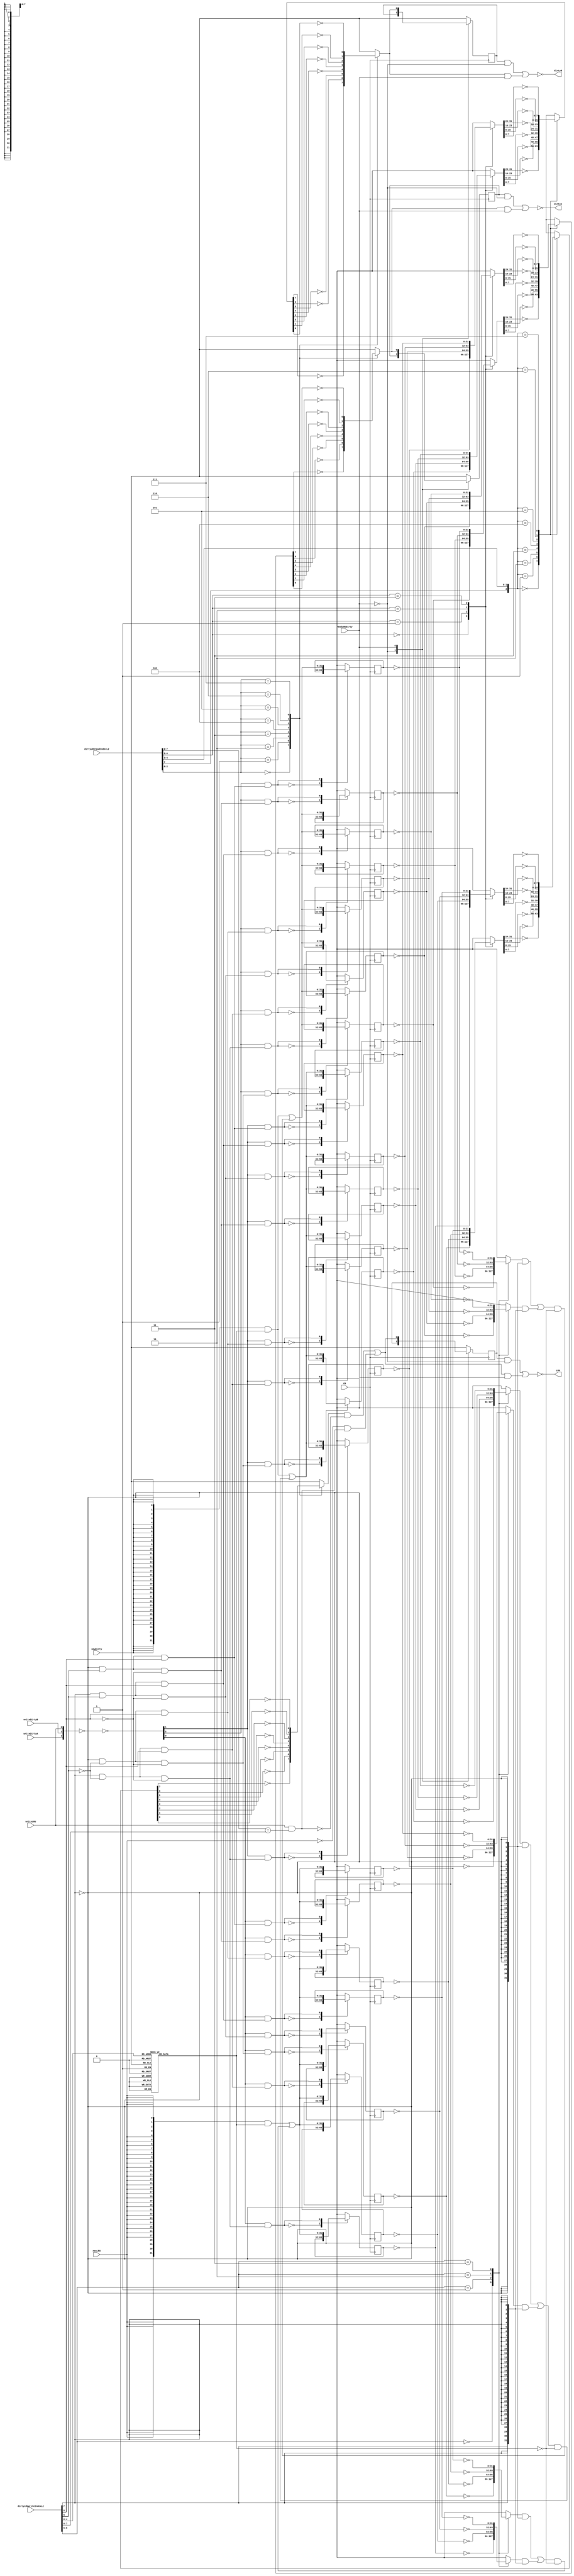
// 
// ************************************************************************** 
// 
//  Copyright (c) International Business Machines Corporation, 2005. 
// 
//  This file contains trade secrets and other proprietary and confidential 
//  information of International Business Machines Corporation which are 
//  protected by copyright and other intellectual property rights and shall 
//  not be reproduced, transferred to other documents, disclosed to others, 
//  or used for any purpose except as specifically authorized in writing by 
//  International Business Machines Corporation. This notice must be 
//  contained as part of this text at all times. 
// 
// ************************************************************************** 
//

module p405s_dcu_dirtyLRU_16K( LRU,
                     dirtyA,
                     dirtyB,
                     CB,
                     dirtyLRUreadIndexL2,
                     dirtyLRUwriteIndexL2,
                     newDirty,
                     newLRU,
                     readLRUDirty,
                     writeDirtyA,
                     writeDirtyB,
                     writeLRU
                    );

output  LRU;
output  dirtyA;
output  dirtyB;

input  newDirty;
input  newLRU;
input  readLRUDirty;
input  writeDirtyA;
input  writeDirtyB;
input  writeLRU;

input        CB;
input [0:8]  dirtyLRUwriteIndexL2;
input [0:8]  dirtyLRUreadIndexL2;

// Buses in the design

reg   [0:7]   dirtyA_8bit;
reg   [0:31]  dbFB2;
reg   [0:31]  daFB1;
reg   [0:31]  dbFB1;
reg   [0:31]  daFB2;
reg   [0:7]   dirtyB_8bit;
wire  [0:2]   writeInv;
wire  [0:31]  LRU3_L2;
wire  [0:31]  fb3;
wire  [0:31]  newValue;
wire  [0:31]  newValueDA;
wire  [0:31]  daFB3;
wire  [0:31]  sel1;
wire  [0:31]  sel2;
wire  [0:31]  LRU7_L2;
wire  [0:31]  LRU5_L2;
wire  [3:3]   CB_buf1;
wire  [0:31]  LRU6_L2;
wire  [0:31]  LRU2_L2;
wire  [0:31]  LRU1_L2;
wire  [0:31]  LRU4_L2;
wire  [0:31]  LRU0_L2;
wire  [0:31]  DA1_L2;
wire  [0:31]  DA0_L2;
wire  [0:31]  newValueDB;
wire  [0:31]  dbFB3;
wire  [0:31]  sel3;
wire  [0:31]  DA2_L2;
reg   [0:31]  writeMuxSel;
wire  [3:3]   CB_buf3;
wire  [3:3]   CB_buf4;
wire  [0:31]  DA7_L2;
wire  [0:31]  DA6_L2;
wire  [0:31]  DA5_L2;
wire  [0:31]  DA4_L2;
wire  [0:31]  DB1_L2;
wire  [3:3]   CB_buf2;
wire  [0:31]  DB6_L2;
wire  [0:31]  DB5_L2;
wire  [0:31]  DB7_L2;
wire  [0:31]  DB2_L2;
wire  [0:31]  DB3_L2;
wire  [0:31]  DB0_L2;
wire  [0:31]  DA3_L2;
wire  [0:31]  DB4_L2;
reg   [0:31]  dirtyB_muxHi;
reg   [0:31]  dirtyB_muxLo;
reg   [0:31]  dirtyA_muxHi;
reg   [0:31]  dirtyA_muxLo;
reg   [0:31]  LRU_muxHi;
reg   [0:31]  LRU_muxLo;
reg   [0:7]   LRU_8bit;
reg   [0:31]  fb1;
reg   [0:31]  fb2;

reg  [0:31]  dirtyB8_reg;
reg  [0:31]  dirtyB7_reg;
reg  [0:31]  dirtyB6_reg;
reg  [0:31]  dirtyB5_reg;
reg  [0:31]  dirtyB4_reg;
reg  [0:31]  dirtyB3_reg;
reg  [0:31]  dirtyB2_reg;
reg  [0:31]  dirtyB1_reg;
reg  [0:31]  dirtyA8_reg;
reg  [0:31]  dirtyA7_reg;
reg  [0:31]  dirtyA6_reg;
reg  [0:31]  dirtyA5_reg;
reg  [0:31]  dirtyA4_reg;
reg  [0:31]  dirtyA3_reg;
reg  [0:31]  dirtyA2_reg;
reg  [0:31]  dirtyA1_reg;
reg  [0:31]  LRU8_reg;
reg  [0:31]  LRU7_reg;
reg  [0:31]  LRU6_reg;
reg  [0:31]  LRU5_reg;
reg  [0:31]  LRU4_reg;
reg  [0:31]  LRU3_reg;
reg  [0:31]  LRU2_reg;
reg  [0:31]  LRU1_reg;

wire  writeDirtyABuf1;
wire  writeDirtyBBuf1;
wire  writeDirtyLRUBuf1;
wire  writeDirtyABuf2;
wire  writeDirtyBBuf2;
wire  writeLRUBuf1;
wire  writeLRUBuf2;
wire  newLRUinv;
wire  readWriteComp;
wire  dirtyA_inv;
wire  dirtyB_inv;
wire  LRU_inv;
reg   LRU_latch;
reg   dirtyA_1bit;
reg   dirtyB_1bit;
reg   LRU_1bit;
wire  LRU_muxOut;

wire  LRU_bank0E2;
wire  LRU_bank1E2;
wire  LRU_bank2E2;
wire  LRU_bank3E2;
wire  LRU_bank4E2;
wire  LRU_bank5E2;
wire  LRU_bank6E2;
wire  LRU_bank7E2;
wire  dirty_bank0AE2;
wire  dirty_bank1AE2;
wire  dirty_bank2AE2;
wire  dirty_bank3AE2;
wire  dirty_bank4AE2;
wire  dirty_bank5AE2;
wire  dirty_bank6AE2;
wire  dirty_bank7AE2;
wire  dirty_bank0BE2;
wire  dirty_bank1BE2;
wire  dirty_bank2BE2;
wire  dirty_bank3BE2;
wire  dirty_bank4BE2;
wire  dirty_bank5BE2;
wire  dirty_bank6BE2;
wire  dirty_bank7BE2;

reg  dirtyA_latchOut;
reg  dirtyB_latchOut;

// Removed the module "dp_logDCU_writeInv1"
// Removed the module "dp_logDCU_writeInv2"
// Removed the module "dp_logDCU_writeInv3"
  assign writeInv[0:2] = ~({writeDirtyA, writeDirtyB, writeLRU});
  assign {writeDirtyABuf1, writeDirtyBBuf1,writeLRUBuf1} = ~(writeInv[0:2]);
  assign {writeDirtyABuf2, writeDirtyBBuf2,writeLRUBuf2} = ~(writeInv[0:2]);

// Removed the module "dp_logDCU_newLRUinv"
  assign newLRUinv = ~(newLRU);

// Removed the module "DCU_indexCompare16K"
  assign readWriteComp = writeLRU & (dirtyLRUreadIndexL2[1:8] == 
                                     dirtyLRUwriteIndexL2[1:8]);

// Removed the module "dp_logDCU_dirtyB_inv"
// Removed the module "dp_logDCU_dirtyA_inv"
  assign dirtyB = ~(dirtyB_inv);
  assign dirtyA = ~(dirtyA_inv);

// Removed the module "dp_logDCU_LRU_inv"
  assign LRU = ~(LRU_inv);

// Removed the module "dp_logDCU_dirtyLRU_CB_buf3_16K"

// Removed the module "dp_muxDCU_dirtyB16K3"
   always @(dirtyLRUreadIndexL2 or dirtyB_8bit)
    begin
    case(dirtyLRUreadIndexL2[6:8])
     3'b000: dirtyB_1bit = ~dirtyB_8bit[0];
     3'b001: dirtyB_1bit = ~dirtyB_8bit[1];
     3'b010: dirtyB_1bit = ~dirtyB_8bit[2];
     3'b011: dirtyB_1bit = ~dirtyB_8bit[3];
     3'b100: dirtyB_1bit = ~dirtyB_8bit[4];
     3'b101: dirtyB_1bit = ~dirtyB_8bit[5];
     3'b110: dirtyB_1bit = ~dirtyB_8bit[6];
     3'b111: dirtyB_1bit = ~dirtyB_8bit[7];
      default: dirtyB_1bit = 1'bx;
    endcase
   end

// Removed the module "dp_muxDCU_dirtyB16K2"
   always @(dirtyLRUreadIndexL2 or dirtyB_muxHi or dirtyB_muxLo) 
    begin
    case({dirtyLRUreadIndexL2[1],dirtyLRUreadIndexL2[4:5]})
     3'b000: dirtyB_8bit[0:7] = ~(dirtyB_muxHi[0:7]);
     3'b001: dirtyB_8bit[0:7] = ~(dirtyB_muxHi[8:15]);
     3'b010: dirtyB_8bit[0:7] = ~(dirtyB_muxHi[16:23]);
     3'b011: dirtyB_8bit[0:7] = ~(dirtyB_muxHi[24:31]);
     3'b100: dirtyB_8bit[0:7] = ~(dirtyB_muxLo[0:7]);
     3'b101: dirtyB_8bit[0:7] = ~(dirtyB_muxLo[8:15]);
     3'b110: dirtyB_8bit[0:7] = ~(dirtyB_muxLo[16:23]);
     3'b111: dirtyB_8bit[0:7] = ~(dirtyB_muxLo[24:31]);
      default: dirtyB_8bit[0:7] = 8'bx;
    endcase
   end

// Removed the module "dp_muxDCU_dirtyB16K1"
   always @(dirtyLRUreadIndexL2 or DB4_L2 or DB5_L2 or DB6_L2 or DB7_L2)
    begin        
    case({dirtyLRUreadIndexL2[2],dirtyLRUreadIndexL2[3]})       
     2'b00: dirtyB_muxLo[0:31] = DB4_L2[0:31];    
     2'b01: dirtyB_muxLo[0:31] = DB5_L2[0:31];    
     2'b10: dirtyB_muxLo[0:31] = DB6_L2[0:31];    
     2'b11: dirtyB_muxLo[0:31] = DB7_L2[0:31];    
      default: dirtyB_muxLo[0:31] = 32'bx;        
    endcase
   end

// Removed the module "dp_muxDCU_dirtyB16K"
   always @(dirtyLRUreadIndexL2 or DB0_L2 or DB1_L2 or DB2_L2 or DB3_L2)
    begin        
    case({dirtyLRUreadIndexL2[2],dirtyLRUreadIndexL2[3]})       
     2'b00: dirtyB_muxHi[0:31] = DB0_L2[0:31];    
     2'b01: dirtyB_muxHi[0:31] = DB1_L2[0:31];    
     2'b10: dirtyB_muxHi[0:31] = DB2_L2[0:31];    
     2'b11: dirtyB_muxHi[0:31] = DB3_L2[0:31];    
      default: dirtyB_muxHi[0:31] = 32'bx;        
    endcase
   end

// Removed the module "dp_muxDCU_dirtyB_fb4"
  assign dbFB3[0:31] = (dbFB1[0:31] & {(32){~(dirtyLRUwriteIndexL2[1])}} ) | 
                       (dbFB2[0:31] & {(32){dirtyLRUwriteIndexL2[1]}} );

// Removed the module "dp_muxDCU_dirtyB_fb3"
   always @(dirtyLRUwriteIndexL2 or DB4_L2 or DB5_L2 or DB6_L2 or DB7_L2) 
    begin        
    case(dirtyLRUwriteIndexL2[2:3])        
     2'b00: dbFB2[0:31] = ~(DB4_L2[0:31]);   
     2'b01: dbFB2[0:31] = ~(DB5_L2[0:31]);   
     2'b10: dbFB2[0:31] = ~(DB6_L2[0:31]);   
     2'b11: dbFB2[0:31] = ~(DB7_L2[0:31]);   
      default: dbFB2[0:31] = 32'bx;   
    endcase        
   end        

// Removed the module "dp_muxDCU_dirtyA16K3"
   always @(dirtyLRUreadIndexL2 or dirtyA_8bit)
    begin
    case(dirtyLRUreadIndexL2[6:8])
     3'b000: dirtyA_1bit = ~(dirtyA_8bit[0]);
     3'b001: dirtyA_1bit = ~(dirtyA_8bit[1]);
     3'b010: dirtyA_1bit = ~(dirtyA_8bit[2]);
     3'b011: dirtyA_1bit = ~(dirtyA_8bit[3]);
     3'b100: dirtyA_1bit = ~(dirtyA_8bit[4]);
     3'b101: dirtyA_1bit = ~(dirtyA_8bit[5]);
     3'b110: dirtyA_1bit = ~(dirtyA_8bit[6]);
     3'b111: dirtyA_1bit = ~(dirtyA_8bit[7]);
      default: dirtyA_1bit = 1'bx;
    endcase
   end

// Removed the module "dp_muxDCU_dirtyA16K2"
   always @(dirtyLRUreadIndexL2 or dirtyA_muxHi or dirtyA_muxLo)
    begin
    case({dirtyLRUreadIndexL2[1],dirtyLRUreadIndexL2[4:5]})
     3'b000: dirtyA_8bit[0:7] = ~(dirtyA_muxHi[0:7]);
     3'b001: dirtyA_8bit[0:7] = ~(dirtyA_muxHi[8:15]);
     3'b010: dirtyA_8bit[0:7] = ~(dirtyA_muxHi[16:23]);
     3'b011: dirtyA_8bit[0:7] = ~(dirtyA_muxHi[24:31]);
     3'b100: dirtyA_8bit[0:7] = ~(dirtyA_muxLo[0:7]);
     3'b101: dirtyA_8bit[0:7] = ~(dirtyA_muxLo[8:15]);
     3'b110: dirtyA_8bit[0:7] = ~(dirtyA_muxLo[16:23]);
     3'b111: dirtyA_8bit[0:7] = ~(dirtyA_muxLo[24:31]);
      default: dirtyA_8bit[0:7] = 8'bx;
    endcase
   end

// Removed the module "dp_muxDCU_dirtyA16K1"
   always @(dirtyLRUreadIndexL2 or DA4_L2 or DA5_L2 or DA6_L2 or DA7_L2) 
    begin        
    case({dirtyLRUreadIndexL2[2],dirtyLRUreadIndexL2[3]})       
     2'b00: dirtyA_muxLo[0:31] = DA4_L2[0:31];    
     2'b01: dirtyA_muxLo[0:31] = DA5_L2[0:31];    
     2'b10: dirtyA_muxLo[0:31] = DA6_L2[0:31];    
     2'b11: dirtyA_muxLo[0:31] = DA7_L2[0:31];    
      default: dirtyA_muxLo[0:31] = 32'bx;        
    endcase
   end

// Removed the module "dp_muxDCU_dirtyA16K"
   always @(dirtyLRUreadIndexL2 or DA0_L2 or DA1_L2 or DA2_L2 or DA3_L2) 
    begin        
    case({dirtyLRUreadIndexL2[2],dirtyLRUreadIndexL2[3]})       
     2'b00: dirtyA_muxHi[0:31] = DA0_L2[0:31];    
     2'b01: dirtyA_muxHi[0:31] = DA1_L2[0:31];    
     2'b10: dirtyA_muxHi[0:31] = DA2_L2[0:31];    
     2'b11: dirtyA_muxHi[0:31] = DA3_L2[0:31];    
      default: dirtyA_muxHi[0:31] = 32'bx;        
    endcase
   end

// Removed the module "dp_muxDCU_dirtyA_fb4"
  assign daFB3[0:31] = (daFB1[0:31] & {(32){~(dirtyLRUwriteIndexL2[1])}} ) | 
                       (daFB2[0:31] & {(32){dirtyLRUwriteIndexL2[1]}} );

// Removed the module "dp_muxDCU_dirtyA_fb3"
   always @(dirtyLRUwriteIndexL2 or DA4_L2 or DA5_L2 or DA6_L2 or DA7_L2) 
    begin        
    case(dirtyLRUwriteIndexL2[2:3])        
     2'b00: daFB2[0:31] = ~(DA4_L2[0:31]);   
     2'b01: daFB2[0:31] = ~(DA5_L2[0:31]);   
     2'b10: daFB2[0:31] = ~(DA6_L2[0:31]);   
     2'b11: daFB2[0:31] = ~(DA7_L2[0:31]);   
      default: daFB2[0:31] = 32'bx;   
    endcase        
   end        

// Removed the module "dp_muxDCU_LRU16K4"
  assign LRU_muxOut = (LRU_1bit & ~(readWriteComp) ) | (newLRUinv & readWriteComp );

// Removed the module "dp_muxDCU_LRU16K3"
   always @(dirtyLRUreadIndexL2 or LRU_8bit)
    begin
    case(dirtyLRUreadIndexL2[6:8])
     3'b000: LRU_1bit = ~(LRU_8bit[0]);
     3'b001: LRU_1bit = ~(LRU_8bit[1]);
     3'b010: LRU_1bit = ~(LRU_8bit[2]);
     3'b011: LRU_1bit = ~(LRU_8bit[3]);
     3'b100: LRU_1bit = ~(LRU_8bit[4]);
     3'b101: LRU_1bit = ~(LRU_8bit[5]);
     3'b110: LRU_1bit = ~(LRU_8bit[6]);
     3'b111: LRU_1bit = ~(LRU_8bit[7]);
      default: LRU_1bit = 1'bx;
    endcase
   end

// Removed the module "dp_muxDCU_dirtyLRU16K1"
   always @(dirtyLRUreadIndexL2 or LRU4_L2 or LRU5_L2 or LRU6_L2 or LRU7_L2)
    begin        
    case({dirtyLRUreadIndexL2[2], dirtyLRUreadIndexL2[3]})       
     2'b00: LRU_muxLo[0:31] = LRU4_L2[0:31];    
     2'b01: LRU_muxLo[0:31] = LRU5_L2[0:31];    
     2'b10: LRU_muxLo[0:31] = LRU6_L2[0:31];    
     2'b11: LRU_muxLo[0:31] = LRU7_L2[0:31];    
      default: LRU_muxLo[0:31] = 32'bx;        
    endcase
   end

// Removed the module "dp_muxDCU_LRU16K2"
   always @(dirtyLRUreadIndexL2 or LRU_muxHi or LRU_muxLo)
    begin
    case({dirtyLRUreadIndexL2[1], dirtyLRUreadIndexL2[4:5]})
     3'b000: LRU_8bit[0:7] = ~(LRU_muxHi[0:7]);
     3'b001: LRU_8bit[0:7] = ~(LRU_muxHi[8:15]);
     3'b010: LRU_8bit[0:7] = ~(LRU_muxHi[16:23]);
     3'b011: LRU_8bit[0:7] = ~(LRU_muxHi[24:31]);
     3'b100: LRU_8bit[0:7] = ~(LRU_muxLo[0:7]);
     3'b101: LRU_8bit[0:7] = ~(LRU_muxLo[8:15]);
     3'b110: LRU_8bit[0:7] = ~(LRU_muxLo[16:23]);
     3'b111: LRU_8bit[0:7] = ~(LRU_muxLo[24:31]);
      default: LRU_8bit[0:7] = 8'bx;
    endcase
   end

// Removed the module "dp_muxDCU_dirtyLRU16K"
   always @(dirtyLRUreadIndexL2 or LRU0_L2 or LRU1_L2 or LRU2_L2 or LRU3_L2)
    begin        
    case({dirtyLRUreadIndexL2[2],dirtyLRUreadIndexL2[3]})       
     2'b00: LRU_muxHi[0:31] = LRU0_L2[0:31];    
     2'b01: LRU_muxHi[0:31] = LRU1_L2[0:31];    
     2'b10: LRU_muxHi[0:31] = LRU2_L2[0:31];    
     2'b11: LRU_muxHi[0:31] = LRU3_L2[0:31];    
      default: LRU_muxHi[0:31] = 32'bx;        
    endcase
   end

// Removed the module "dp_muxDCU_dirtyLRU_feedback4"
  assign fb3[0:31] = (fb1[0:31] & {(32){~(dirtyLRUwriteIndexL2[1])}} ) | 
                     (fb2[0:31] & {(32){dirtyLRUwriteIndexL2[1]}} );

// Removed the module "dp_muxDCU_dirtyLRU_feedback3"
   always @(dirtyLRUwriteIndexL2 or LRU4_L2 or LRU5_L2 or LRU6_L2 or LRU7_L2) 
    begin        
    case(dirtyLRUwriteIndexL2[2:3])        
     2'b00: fb2[0:31] = ~(LRU4_L2[0:31]);   
     2'b01: fb2[0:31] = ~(LRU5_L2[0:31]);   
     2'b10: fb2[0:31] = ~(LRU6_L2[0:31]);   
     2'b11: fb2[0:31] = ~(LRU7_L2[0:31]);   
      default: fb2[0:31] = 32'bx;   
    endcase        
   end        

// Removed the module "DCU_dirtyLRU_decode16K"
    assign LRU_bank0E2 = ~dirtyLRUwriteIndexL2[1] & ~dirtyLRUwriteIndexL2[2] & 
                                                    ~dirtyLRUwriteIndexL2[3];

    assign LRU_bank1E2 = ~dirtyLRUwriteIndexL2[1] & ~dirtyLRUwriteIndexL2[2] &  
                                                     dirtyLRUwriteIndexL2[3];

    assign LRU_bank2E2 = ~dirtyLRUwriteIndexL2[1] &  dirtyLRUwriteIndexL2[2] & 
                                                    ~dirtyLRUwriteIndexL2[3];

    assign LRU_bank3E2 = ~dirtyLRUwriteIndexL2[1] &  dirtyLRUwriteIndexL2[2] &  
                                                     dirtyLRUwriteIndexL2[3];

    assign LRU_bank4E2 =  dirtyLRUwriteIndexL2[1] & ~dirtyLRUwriteIndexL2[2] & 
                                                    ~dirtyLRUwriteIndexL2[3];

    assign LRU_bank5E2 =  dirtyLRUwriteIndexL2[1] & ~dirtyLRUwriteIndexL2[2] &  
                                                     dirtyLRUwriteIndexL2[3];

    assign LRU_bank6E2 =  dirtyLRUwriteIndexL2[1] &  dirtyLRUwriteIndexL2[2] & 
                                                    ~dirtyLRUwriteIndexL2[3];

    assign LRU_bank7E2 =  dirtyLRUwriteIndexL2[1] &  dirtyLRUwriteIndexL2[2] &  
                                                     dirtyLRUwriteIndexL2[3];

// Removed the module "DCU_dirtyLRU_decode16K"
    assign dirty_bank0AE2 = ~dirtyLRUwriteIndexL2[1] & ~dirtyLRUwriteIndexL2[2] & 
                                                       ~dirtyLRUwriteIndexL2[3];
    assign dirty_bank1AE2 = ~dirtyLRUwriteIndexL2[1] & ~dirtyLRUwriteIndexL2[2] &  
                                                        dirtyLRUwriteIndexL2[3];
    assign dirty_bank2AE2 = ~dirtyLRUwriteIndexL2[1] &  dirtyLRUwriteIndexL2[2] & 
                                                       ~dirtyLRUwriteIndexL2[3];
    assign dirty_bank3AE2 = ~dirtyLRUwriteIndexL2[1] &  dirtyLRUwriteIndexL2[2] &  
                                                        dirtyLRUwriteIndexL2[3];
    assign dirty_bank4AE2 =  dirtyLRUwriteIndexL2[1] & ~dirtyLRUwriteIndexL2[2] & 
                                                       ~dirtyLRUwriteIndexL2[3];
    assign dirty_bank5AE2 =  dirtyLRUwriteIndexL2[1] & ~dirtyLRUwriteIndexL2[2] &  
                                                        dirtyLRUwriteIndexL2[3];
    assign dirty_bank6AE2 =  dirtyLRUwriteIndexL2[1] &  dirtyLRUwriteIndexL2[2] & 
                                                       ~dirtyLRUwriteIndexL2[3];
    assign dirty_bank7AE2 =  dirtyLRUwriteIndexL2[1] &  dirtyLRUwriteIndexL2[2] &  
                                                        dirtyLRUwriteIndexL2[3];

// Removed the module "DCU_dirtyLRU_decode16K"
    assign dirty_bank0BE2 = ~dirtyLRUwriteIndexL2[1] & ~dirtyLRUwriteIndexL2[2] & 
                                                       ~dirtyLRUwriteIndexL2[3];
    assign dirty_bank1BE2 = ~dirtyLRUwriteIndexL2[1] & ~dirtyLRUwriteIndexL2[2] &  
                                                        dirtyLRUwriteIndexL2[3];
    assign dirty_bank2BE2 = ~dirtyLRUwriteIndexL2[1] &  dirtyLRUwriteIndexL2[2] & 
                                                       ~dirtyLRUwriteIndexL2[3];
    assign dirty_bank3BE2 = ~dirtyLRUwriteIndexL2[1] &  dirtyLRUwriteIndexL2[2] &  
                                                        dirtyLRUwriteIndexL2[3];
    assign dirty_bank4BE2 =  dirtyLRUwriteIndexL2[1] & ~dirtyLRUwriteIndexL2[2] & 
                                                       ~dirtyLRUwriteIndexL2[3];
    assign dirty_bank5BE2 =  dirtyLRUwriteIndexL2[1] & ~dirtyLRUwriteIndexL2[2] &  
                                                        dirtyLRUwriteIndexL2[3];
    assign dirty_bank6BE2 =  dirtyLRUwriteIndexL2[1] &  dirtyLRUwriteIndexL2[2] & 
                                                       ~dirtyLRUwriteIndexL2[3];
    assign dirty_bank7BE2 =  dirtyLRUwriteIndexL2[1] &  dirtyLRUwriteIndexL2[2] &  
                                                        dirtyLRUwriteIndexL2[3];

// Removed the module "dp_regDCU_dirtyB8"
   always @(posedge CB)      
    begin        
    casez(writeDirtyBBuf2 & dirty_bank7BE2)        
     1'b0: dirtyB8_reg <= dirtyB8_reg;        
     1'b1: dirtyB8_reg <= newValueDB[0:31];        
      default: dirtyB8_reg <= 32'bx;  
    endcase        
   end        

  assign DB7_L2[0:31] = ~(dirtyB8_reg);

// Removed the module "dp_regDCU_dirtyB7"
   always @(posedge CB)      
    begin        
    casez(writeDirtyBBuf2 & dirty_bank6BE2)        
     1'b0: dirtyB7_reg <= dirtyB7_reg;        
     1'b1: dirtyB7_reg <= newValueDB[0:31];        
      default: dirtyB7_reg <= 32'bx;  
    endcase        
   end        

  assign DB6_L2[0:31] = ~(dirtyB7_reg);

// Removed the module "dp_regDCU_dirtyB6"
  always @(posedge CB)      
    begin        
    casez(writeDirtyBBuf2 & dirty_bank5BE2)        
     1'b0: dirtyB6_reg <= dirtyB6_reg;        
     1'b1: dirtyB6_reg <= newValueDB[0:31];        
      default: dirtyB6_reg <= 32'bx;  
    endcase        
   end        

  assign DB5_L2[0:31] = ~(dirtyB6_reg);

// Removed the module "dp_regDCU_dirtyB5"
   always @(posedge CB)      
    begin        
    casez(writeDirtyBBuf2 & dirty_bank4BE2)        
     1'b0: dirtyB5_reg <= dirtyB5_reg;        
     1'b1: dirtyB5_reg <= newValueDB[0:31];        
      default: dirtyB5_reg <= 32'bx;  
    endcase        
   end        

  assign DB4_L2[0:31] = ~(dirtyB5_reg);

// Removed the module "dp_regDCU_dirtyA8"
   always @(posedge CB)      
    begin        
    casez(writeDirtyABuf2 & dirty_bank7AE2)        
     1'b0: dirtyA8_reg <= dirtyA8_reg;        
     1'b1: dirtyA8_reg <= newValueDA[0:31];        
      default: dirtyA8_reg <= 32'bx;  
    endcase        
   end        

  assign DA7_L2[0:31] = ~(dirtyA8_reg);

// Removed the module "dp_regDCU_dirtyA7"
   always @(posedge CB)      
    begin        
    casez(writeDirtyABuf2 & dirty_bank6AE2)        
     1'b0: dirtyA7_reg <= dirtyA7_reg;        
     1'b1: dirtyA7_reg <= newValueDA[0:31];        
      default: dirtyA7_reg <= 32'bx;  
    endcase        
   end        

  assign DA6_L2[0:31] = ~(dirtyA7_reg);

// Removed the module "dp_regDCU_dirtyA6"
   always @(posedge CB)      
    begin        
    casez(writeDirtyABuf2 & dirty_bank5AE2)        
     1'b0: dirtyA6_reg <= dirtyA6_reg;        
     1'b1: dirtyA6_reg <= newValueDA[0:31];        
      default: dirtyA6_reg <= 32'bx;  
    endcase        
   end        

  assign DA5_L2[0:31] = ~(dirtyA6_reg);

// Removed the module "dp_regDCU_dirtyA6"
   always @(posedge CB)      
    begin        
    casez(writeDirtyABuf2 & dirty_bank4AE2)        
     1'b0: dirtyA5_reg <= dirtyA5_reg;        
     1'b1: dirtyA5_reg <= newValueDA[0:31];        
      default: dirtyA5_reg <= 32'bx;  
    endcase        
   end        

  assign DA4_L2[0:31] = ~(dirtyA5_reg);

// Removed the module "dp_regDCU_LRU8"
   always @(posedge CB)      
    begin        
    casez(writeLRUBuf2 & LRU_bank7E2)        
     1'b0: LRU8_reg <= LRU8_reg;        
     1'b1: LRU8_reg <= newValue[0:31];        
      default: LRU8_reg <= 32'bx;  
    endcase        
   end        

  assign LRU7_L2[0:31] = ~(LRU8_reg);

// Removed the module "dp_regDCU_LRU7"
   always @(posedge CB)      
    begin        
    casez(writeLRUBuf2 & LRU_bank6E2)        
     1'b0: LRU7_reg <= LRU7_reg;        
     1'b1: LRU7_reg <= newValue[0:31];        
      default: LRU7_reg <= 32'bx;  
    endcase        
   end        

  assign LRU6_L2[0:31] = ~(LRU7_reg);

// Removed the module "dp_regDCU_LRU6"
   always @(posedge CB)      
    begin        
    casez(writeLRUBuf2 & LRU_bank5E2)        
     1'b0: LRU6_reg <= LRU6_reg;        
     1'b1: LRU6_reg <= newValue[0:31];        
      default: LRU6_reg <= 32'bx;  
    endcase        
   end        

  assign LRU5_L2[0:31]= ~(LRU6_reg);

// Removed the module "dp_regDCU_LRU5"
   always @(posedge CB)      
    begin        
    casez(writeLRUBuf2 & LRU_bank4E2)        
     1'b0: LRU5_reg <= LRU5_reg;        
     1'b1: LRU5_reg <= newValue[0:31];        
      default: LRU5_reg <= 32'bx;  
    endcase        
   end        

  assign LRU4_L2[0:31] = ~(LRU5_reg);

// Removed the module "dp_muxDCU_dirtyB"
  assign dirtyB_inv = (dirtyB_latchOut & ~(readLRUDirty)) | (dirtyB_1bit & readLRUDirty);

// Removed the module "dp_muxDCU_dirtyA"
   assign dirtyA_inv = (dirtyA_latchOut & ~(readLRUDirty)) | (dirtyA_1bit & readLRUDirty);

// Removed the module "dp_muxDCU_LRU"
  assign LRU_inv = (LRU_latch & ~(readLRUDirty)) | (LRU_muxOut & readLRUDirty);

// Removed the module "dp_regDCU_dirtyB"
   always @(posedge CB)      
    begin        
    casez(readLRUDirty)        
     1'b0: dirtyB_latchOut <= dirtyB_latchOut;        
     1'b1: dirtyB_latchOut <= dirtyB_1bit;        
      default: dirtyB_latchOut <= 1'bx;  
    endcase        
   end        

// Removed the module "dp_regDCU_dirtyA"
   always @(posedge CB)      
    begin        
    casez(readLRUDirty)        
     1'b0: dirtyA_latchOut <= dirtyA_latchOut;        
     1'b1: dirtyA_latchOut <= dirtyA_1bit;        
      default: dirtyA_latchOut <= 1'bx;  
    endcase        
   end        

// Removed the module "dp_regDCU_LRU"
   always @(posedge CB)      
    begin        
    casez(readLRUDirty)        
     1'b0: LRU_latch <= LRU_latch;        
     1'b1: LRU_latch <= LRU_muxOut;        
      default: LRU_latch <= 1'bx;  
    endcase        
   end        

// Removed the module "dp_regDCU_LRU"
  assign sel1[0:31] = ~(writeMuxSel[0:31]);

// Removed the module "DCU_indexDecode"
  always @ (dirtyLRUwriteIndexL2)

  begin
    casez (dirtyLRUwriteIndexL2[4:8]) // synopsys parallel_case full_case
    
    5'b00000: writeMuxSel[0:31]  = 32'b10000000000000000000000000000000;
    5'b00001: writeMuxSel[0:31]  = 32'b01000000000000000000000000000000;
    5'b00010: writeMuxSel[0:31]  = 32'b00100000000000000000000000000000;
    5'b00011: writeMuxSel[0:31]  = 32'b00010000000000000000000000000000;
    5'b00100: writeMuxSel[0:31]  = 32'b00001000000000000000000000000000;
    5'b00101: writeMuxSel[0:31]  = 32'b00000100000000000000000000000000;
    5'b00110: writeMuxSel[0:31]  = 32'b00000010000000000000000000000000;
    5'b00111: writeMuxSel[0:31]  = 32'b00000001000000000000000000000000;
    5'b01000: writeMuxSel[0:31]  = 32'b00000000100000000000000000000000;
    5'b01001: writeMuxSel[0:31]  = 32'b00000000010000000000000000000000;
    5'b01010: writeMuxSel[0:31]  = 32'b00000000001000000000000000000000;
    5'b01011: writeMuxSel[0:31]  = 32'b00000000000100000000000000000000;
    5'b01100: writeMuxSel[0:31]  = 32'b00000000000010000000000000000000;
    5'b01101: writeMuxSel[0:31]  = 32'b00000000000001000000000000000000;
    5'b01110: writeMuxSel[0:31]  = 32'b00000000000000100000000000000000;
    5'b01111: writeMuxSel[0:31]  = 32'b00000000000000010000000000000000;
    5'b10000: writeMuxSel[0:31]  = 32'b00000000000000001000000000000000;
    5'b10001: writeMuxSel[0:31]  = 32'b00000000000000000100000000000000;
    5'b10010: writeMuxSel[0:31]  = 32'b00000000000000000010000000000000;
    5'b10011: writeMuxSel[0:31]  = 32'b00000000000000000001000000000000;
    5'b10100: writeMuxSel[0:31]  = 32'b00000000000000000000100000000000;
    5'b10101: writeMuxSel[0:31]  = 32'b00000000000000000000010000000000;
    5'b10110: writeMuxSel[0:31]  = 32'b00000000000000000000001000000000;
    5'b10111: writeMuxSel[0:31]  = 32'b00000000000000000000000100000000;
    5'b11000: writeMuxSel[0:31]  = 32'b00000000000000000000000010000000;
    5'b11001: writeMuxSel[0:31]  = 32'b00000000000000000000000001000000;
    5'b11010: writeMuxSel[0:31]  = 32'b00000000000000000000000000100000;
    5'b11011: writeMuxSel[0:31]  = 32'b00000000000000000000000000010000;
    5'b11100: writeMuxSel[0:31]  = 32'b00000000000000000000000000001000;
    5'b11101: writeMuxSel[0:31]  = 32'b00000000000000000000000000000100;
    5'b11110: writeMuxSel[0:31]  = 32'b00000000000000000000000000000010;
    5'b11111: writeMuxSel[0:31]  = 32'b00000000000000000000000000000001;
        default:  writeMuxSel[0:31]  = 32'bxxxxxxxxxxxxxxxxxxxxxxxxxxxxxxxx;
  endcase
  end

// Removed the module "dp_muxDCU_dirtyB_fb2"
   always @(dirtyLRUwriteIndexL2 or DB0_L2 or DB1_L2 or DB2_L2 or DB3_L2) 
    begin        
    case(dirtyLRUwriteIndexL2[2:3])        
     2'b00: dbFB1[0:31] = ~(DB0_L2[0:31]);   
     2'b01: dbFB1[0:31] = ~(DB1_L2[0:31]);   
     2'b10: dbFB1[0:31] = ~(DB2_L2[0:31]);   
     2'b11: dbFB1[0:31] = ~(DB3_L2[0:31]);   
      default: dbFB1[0:31] = 32'bx;   
    endcase        
   end        

// Removed the module "dp_muxDCU_dirtyA_fb2"
   always @(dirtyLRUwriteIndexL2 or DA0_L2 or DA1_L2 or DA2_L2 or DA3_L2) 
    begin        
    case(dirtyLRUwriteIndexL2[2:3])        
     2'b00: daFB1[0:31] = ~(DA0_L2[0:31]);   
     2'b01: daFB1[0:31] = ~(DA1_L2[0:31]);   
     2'b10: daFB1[0:31] = ~(DA2_L2[0:31]);   
     2'b11: daFB1[0:31] = ~(DA3_L2[0:31]);   
      default: daFB1[0:31] = 32'bx;   
    endcase        
   end        

// Removed the module "dp_logDCU_fbSelDB"
  assign sel3[0:31] = ~(writeMuxSel[0:31]);

// Removed the module "dp_logDCU_fbMuxDB"
  assign newValueDB[0:31] = ({32{newDirty}} & writeMuxSel[0:31]) | 
                               (dbFB3[0:31] & sel3[0:31]);

// Removed the module "dp_logDCU_fbSelDA"
  assign sel2[0:31] = ~(writeMuxSel[0:31]);

// Removed the module "dp_logDCU_fbMuxDA"
  assign newValueDA[0:31] = ({32{newDirty}} & writeMuxSel[0:31]) | 
                               (daFB3[0:31] & sel2[0:31]);

// Removed the module "dp_regDCU_dirtyB4"
  always @(posedge CB)      
    begin        
    casez(writeDirtyBBuf2 & dirty_bank3BE2)        
     1'b0: dirtyB4_reg <= dirtyB4_reg;        
     1'b1: dirtyB4_reg <= newValueDB[0:31];        
      default: dirtyB4_reg <= 32'bx;  
    endcase        
   end        

  assign DB3_L2[0:31] = ~(dirtyB4_reg);

// Removed the module "dp_regDCU_dirtyB3"
   always @(posedge CB)      
    begin        
    casez(writeDirtyBBuf2 & dirty_bank2BE2)        
     1'b0: dirtyB3_reg <= dirtyB3_reg;        
     1'b1: dirtyB3_reg <= newValueDB[0:31];        
      default: dirtyB3_reg <= 32'bx;  
    endcase        
   end        

  assign DB2_L2[0:31] = ~(dirtyB3_reg);

// Removed the module "dp_regDCU_dirtyB2"
   always @(posedge CB)      
    begin        
    casez(writeDirtyBBuf2 & dirty_bank1BE2)        
     1'b0: dirtyB2_reg <= dirtyB2_reg;        
     1'b1: dirtyB2_reg <= newValueDB[0:31];        
      default: dirtyB2_reg <= 32'bx;  
    endcase        
   end        

  assign DB1_L2[0:31] = ~(dirtyB2_reg);

// Removed the module "dp_regDCU_dirtyB1"
   always @(posedge CB)      
    begin        
    casez(writeDirtyBBuf2 & dirty_bank0BE2)        
     1'b0: dirtyB1_reg <= dirtyB1_reg;        
     1'b1: dirtyB1_reg <= newValueDB[0:31];        
      default: dirtyB1_reg <= 32'bx;  
    endcase        
   end        

  assign DB0_L2[0:31] = ~(dirtyB1_reg);

// Removed the module "dp_regDCU_dirtyA4"
   always @(posedge CB)      
    begin        
    casez(writeDirtyABuf2 & dirty_bank3AE2)        
     1'b0: dirtyA4_reg <= dirtyA4_reg;        
     1'b1: dirtyA4_reg <= newValueDA[0:31];        
      default: dirtyA4_reg <= 32'bx;  
    endcase        
   end        

  assign DA3_L2[0:31] = ~(dirtyA4_reg);

// Removed the module "dp_regDCU_dirtyA3"
   always @(posedge CB)      
    begin        
    casez(writeDirtyABuf2 & dirty_bank2AE2)        
     1'b0: dirtyA3_reg <= dirtyA3_reg;        
     1'b1: dirtyA3_reg <= newValueDA[0:31];        
      default: dirtyA3_reg <= 32'bx;  
    endcase        
   end        

  assign DA2_L2[0:31] = ~(dirtyA3_reg);

// Removed the module "dp_regDCU_dirtyA2"
   always @(posedge CB)      
    begin        
    casez(writeDirtyABuf2 & dirty_bank1AE2)        
     1'b0: dirtyA2_reg <= dirtyA2_reg;        
     1'b1: dirtyA2_reg <= newValueDA[0:31];        
      default: dirtyA2_reg <= 32'bx;  
    endcase        
   end        

  assign DA1_L2[0:31] = ~(dirtyA2_reg);

// Removed the module "dp_regDCU_dirtyA1"
   always @(posedge CB)      
    begin        
    casez(writeDirtyABuf2 & dirty_bank0AE2)        
     1'b0: dirtyA1_reg <= dirtyA1_reg;        
     1'b1: dirtyA1_reg <= newValueDA[0:31];        
      default: dirtyA1_reg <= 32'bx;  
    endcase        
   end        

  assign DA0_L2[0:31] = ~(dirtyA1_reg);

// Removed the module "dp_muxDCU_dirtyLRU_feedback2"
   always @(dirtyLRUwriteIndexL2 or LRU0_L2 or LRU1_L2 or LRU2_L2 or LRU3_L2) 
    begin        
    case(dirtyLRUwriteIndexL2[2:3])        
     2'b00: fb1[0:31] = ~(LRU0_L2[0:31]);   
     2'b01: fb1[0:31] = ~(LRU1_L2[0:31]);   
     2'b10: fb1[0:31] = ~(LRU2_L2[0:31]);   
     2'b11: fb1[0:31] = ~(LRU3_L2[0:31]);   
      default: fb1[0:31] = 32'bx;   
    endcase        
   end        

// Removed the module "dp_logDCU_fbMux"
  assign newValue[0:31] = ({32{newLRU}} & writeMuxSel[0:31]) | (fb3[0:31] & sel1[0:31]);
  
// Removed the module "dp_regDCU_LRU4"
   always @(posedge CB)      
    begin        
    casez(writeLRUBuf2 & LRU_bank3E2)        
     1'b0: LRU4_reg <= LRU4_reg;        
     1'b1: LRU4_reg <= newValue[0:31];        
      default: LRU4_reg <= 32'bx;  
    endcase        
   end        

  assign LRU3_L2[0:31] = ~(LRU4_reg);

// Removed the module "dp_regDCU_LRU3"
   always @(posedge CB)      
    begin        
    casez(writeLRUBuf2 & LRU_bank2E2)        
     1'b0: LRU3_reg <= LRU3_reg;        
     1'b1: LRU3_reg <= newValue[0:31];        
      default: LRU3_reg <= 32'bx;  
    endcase        
   end        

  assign LRU2_L2[0:31] = ~(LRU3_reg);

// Removed the module "dp_regDCU_LRU2"
   always @(posedge CB)      
    begin        
    casez(writeLRUBuf2 & LRU_bank1E2)        
     1'b0: LRU2_reg <= LRU2_reg;        
     1'b1: LRU2_reg <= newValue[0:31];        
      default: LRU2_reg <= 32'bx;  
    endcase        
   end        

  assign LRU1_L2[0:31] = ~(LRU2_reg);

// Removed the module "dp_regDCU_LRU1"
   always @(posedge CB)      
    begin        
    casez(writeLRUBuf2 & LRU_bank0E2)        
     1'b0: LRU1_reg <= LRU1_reg;        
     1'b1: LRU1_reg <= newValue[0:31];        
      default: LRU1_reg <= 32'bx;  
    endcase        
   end        

  assign LRU0_L2[0:31] = ~(LRU1_reg);

endmodule